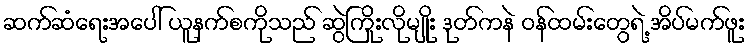
ဆက်ဆံရေးအပေါ် ယူနက်စကိုသည် ဆွဲကြိုးလိုမျိုး ဒုတ်ကနဲ ဝန်ထမ်းတွေရဲ့ အိပ်မက်ဖူး